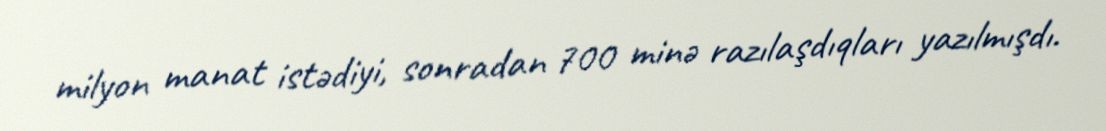
milyon manat istədiyi, sonradan 700 minə razılaşdıqları yazılmışdı.